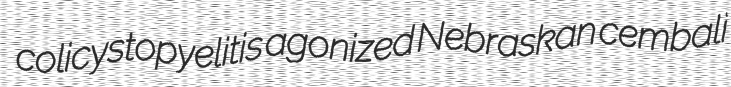
colicystopyelitis agonized Nebraskan cembali